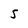
Character: 5